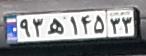
۹۳ه۱۴۵۳۳